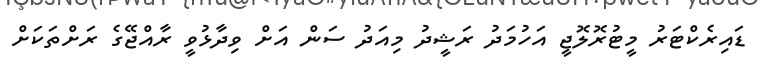
ޑައިރެކްޓަރު މީޓުރޮލޮޖީ އަހުމަދު ރަޝީދު މިއަދު ސަން އަށް ވިދާޅުވީ ރާއްޖޭގެ ރަށްތަކަށް